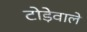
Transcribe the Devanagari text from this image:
टोड़ेवाले